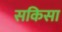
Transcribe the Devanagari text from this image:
सकिसा